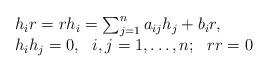
LaTeX: \begin{align*}\begin{array}{ll}h_ir = rh_i=\sum_{j=1}^na_{ij}h_j+ b_ir, \\h_ih_j =0,\ \ i,j=1,\dots,n; \ \ rr =0 \end{array} \end{align*}